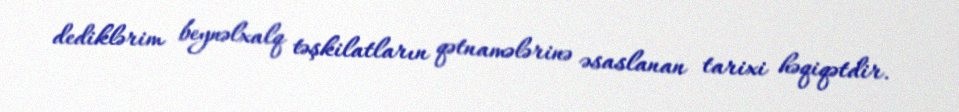
dediklərim beynəlxalq təşkilatların qətnamələrinə əsaslanan tarixi həqiqətdir.